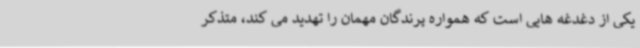
یکی از دغدغه هایی است که همواره پرندگان مهمان را تهدید می کند، متذکر